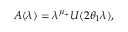
A ( \lambda ) = \lambda ^ { \mu _ { + } } U ( 2 \theta _ { 1 } \lambda ) ,